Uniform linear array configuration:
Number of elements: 16
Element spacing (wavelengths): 0.5
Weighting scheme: uniform
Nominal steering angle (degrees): -15
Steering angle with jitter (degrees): -14.701
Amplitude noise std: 0.05
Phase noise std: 0.05

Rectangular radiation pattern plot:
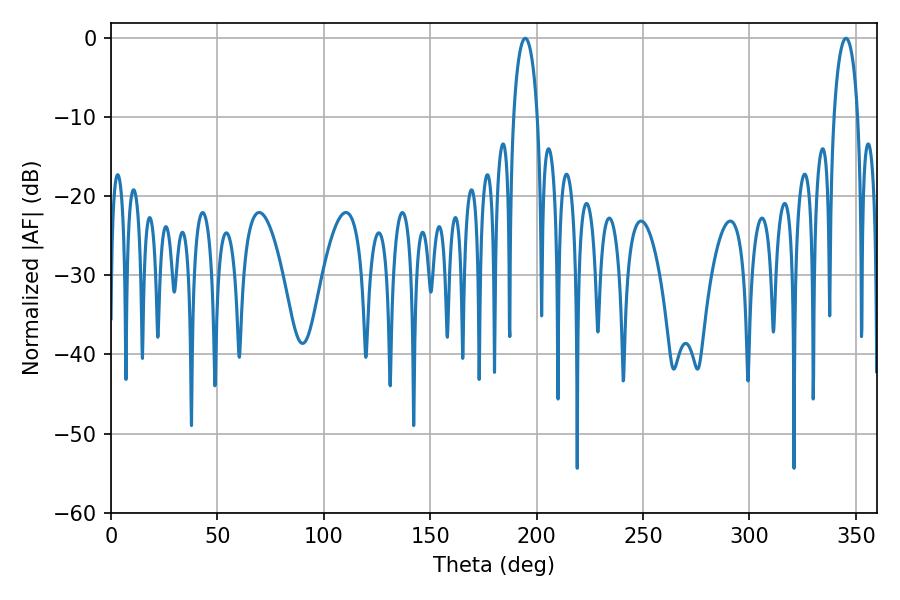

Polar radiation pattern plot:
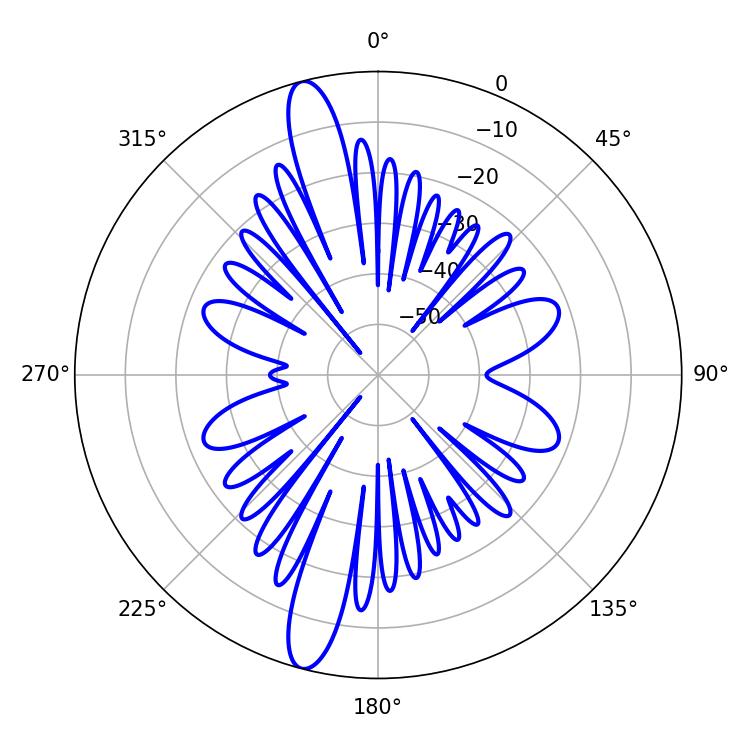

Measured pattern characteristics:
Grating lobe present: FALSE
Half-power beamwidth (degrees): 6.3
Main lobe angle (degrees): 194.58